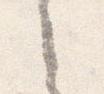
之